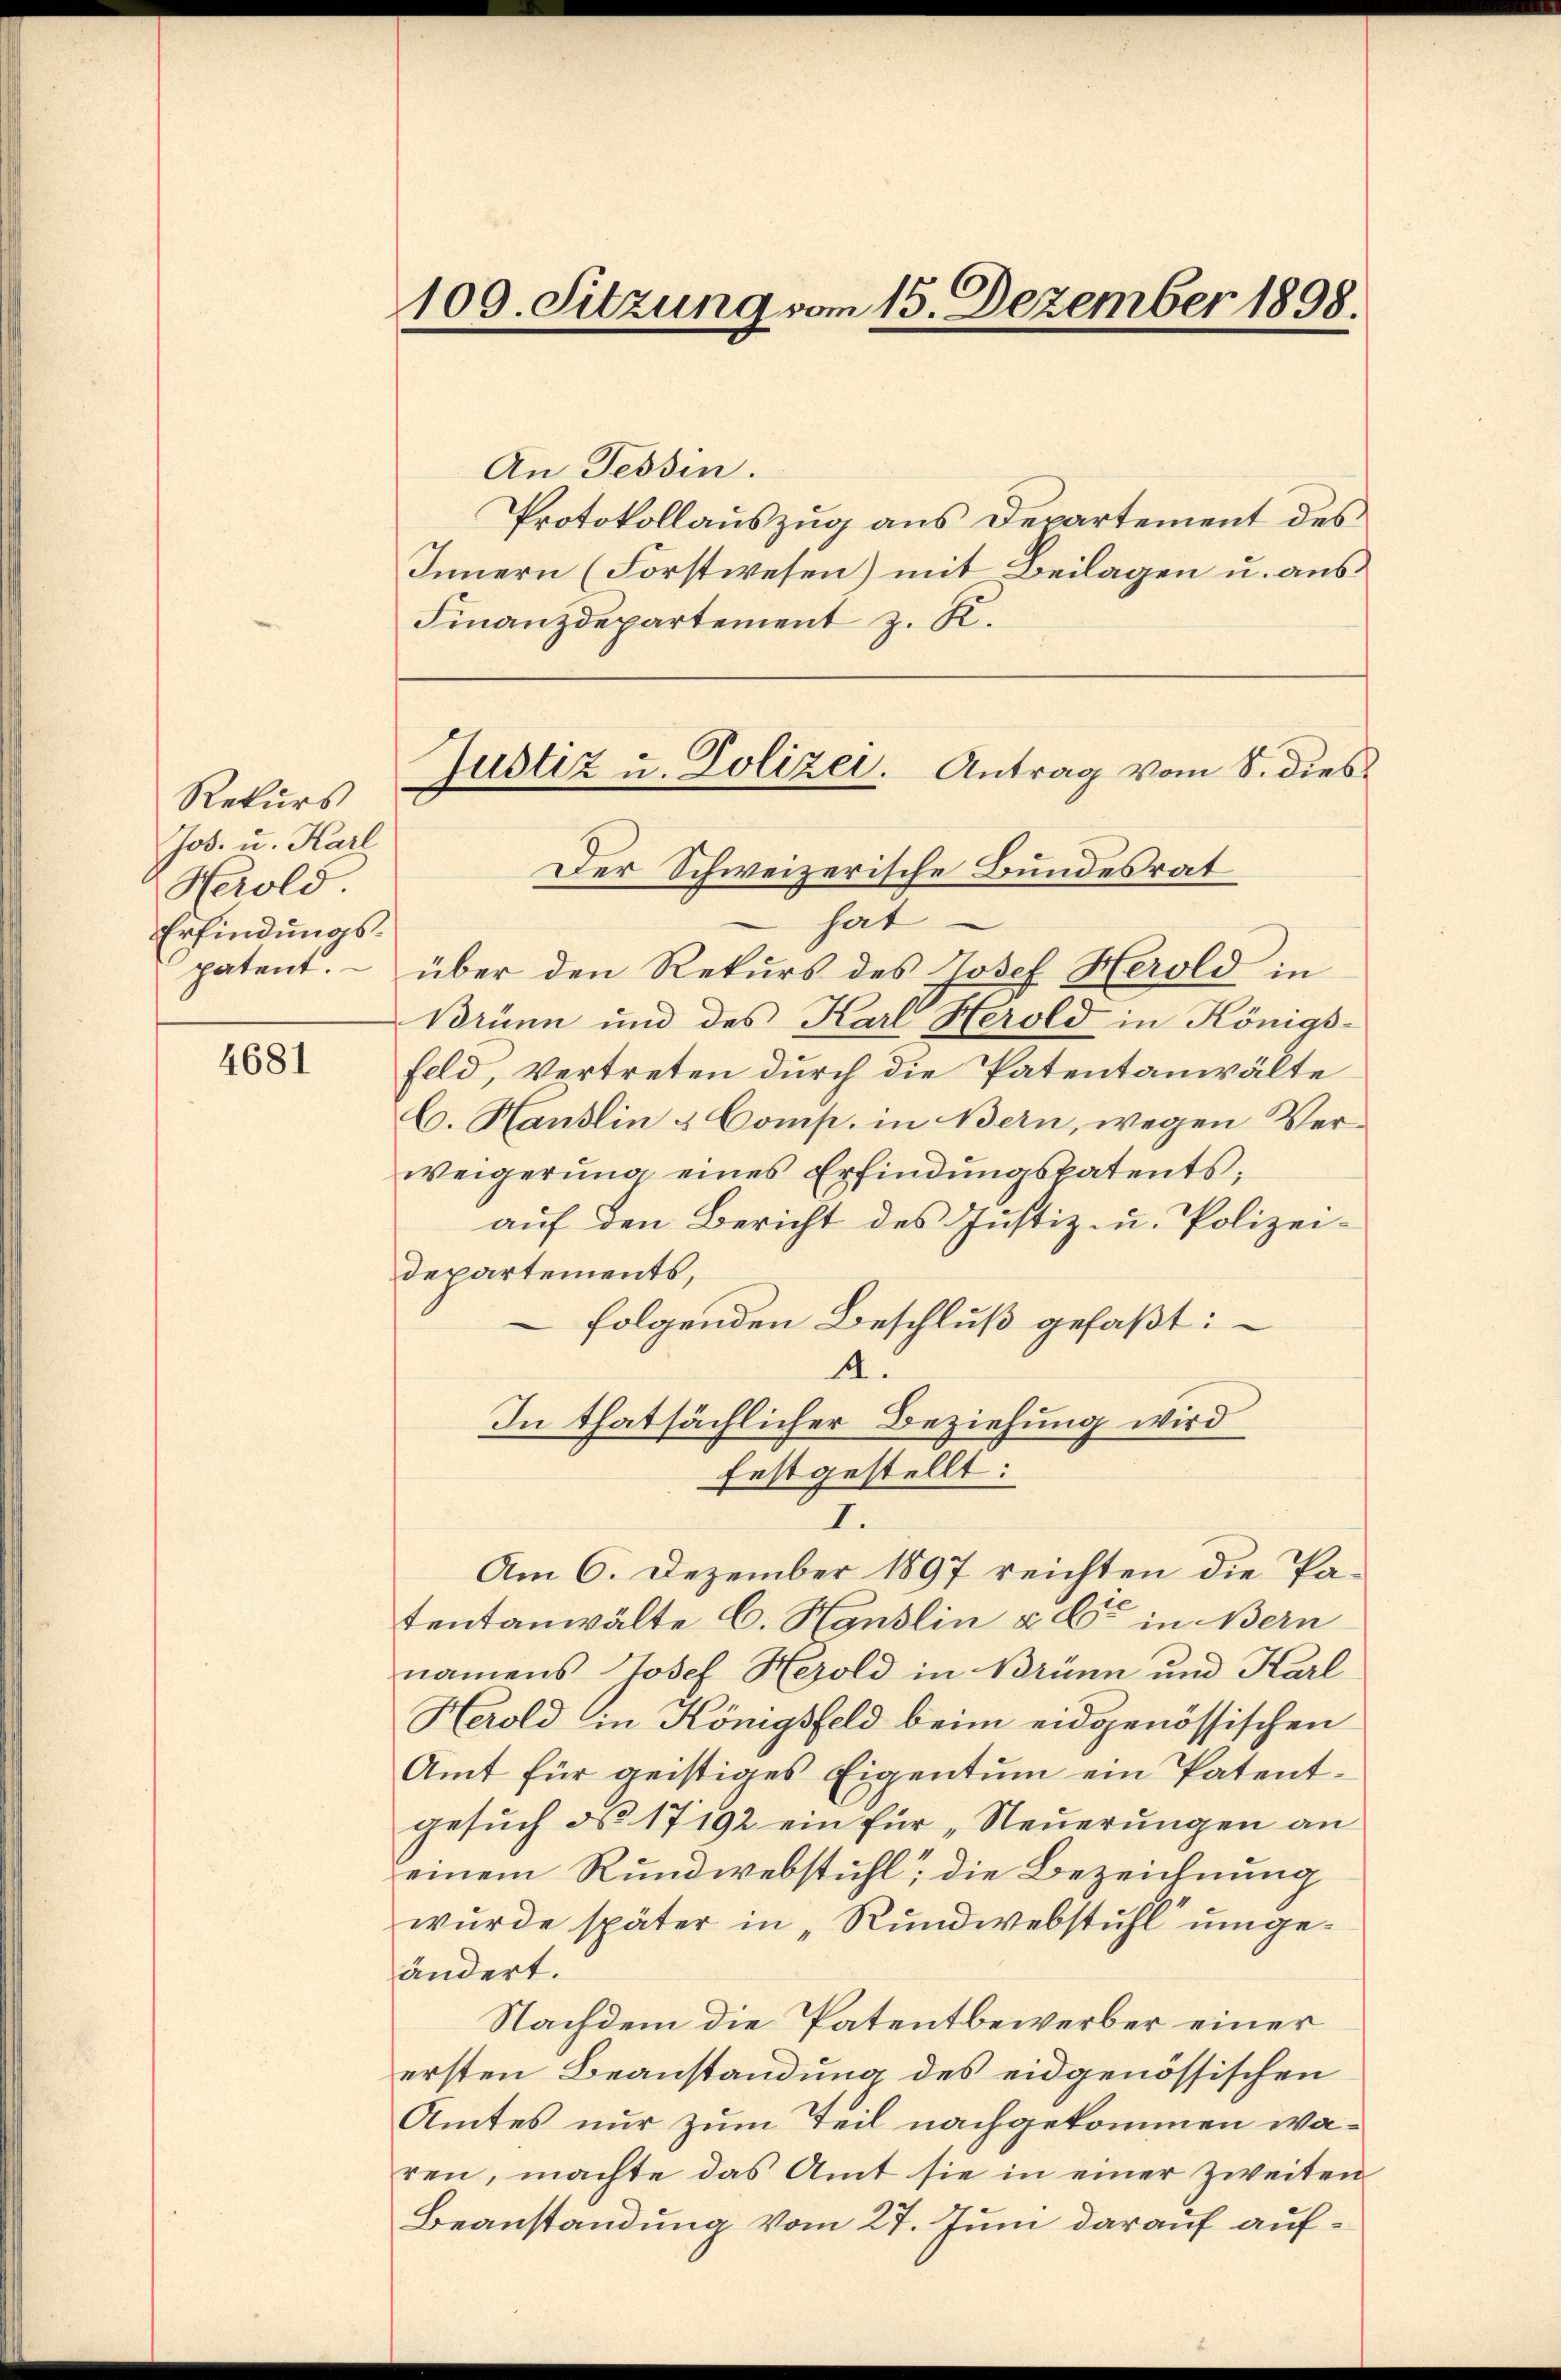
Rekurs
Jos. u. Karl
Herold
Erfindungspatent.

4681

100. Sitzung vom 15. Dezember 1898.

An Tessin.
Protokollauszug aus Departement des
Innern (Forstwesen) mit Beilagen u. aus
Finanzdepartement z. K.
Der Schweizerische Bundesrat
hat
über den Rekurs des Josef Herold in
Brünn und des Karl Herold in Königs-
feld, Vertreten durch die Patentanwälte
C. Hanslin & Comp. in Bern, wegen Verweigerŭng eines Erfindŭngspatents;
auf den Bericht des Justiz- u. Polizei-
departements,
folgenden Beschluß gefaßt:
A.
In thatsächlicher Beziehung wird
festgestellt:
I.
Am 6. Dezember 1897 reichten die Patentanwälte C. Hanslin u. So in Bern
namens Josef Herold in Brünn und Karl
Herold in Königsfeld beim eidgenössischen
Amt für geistiges Eigentum ein Patentgesuch do 17192 ein für „Neuerungen an
einem Rundwebstuhl, die Bezeichnung
wurde später in „Rundwebstuhl umgeändert.
Nachdem die Patentbewerber einer
ersten Beanstandung des eidgenössischen
Amtes nur zum Teil nachgekommen wären, machte das Amt sie in einer Zweiten
Beanstandung vom 27. Juni darauf auf¬

Justiz u. Polizei. Antrag vom 8. dies